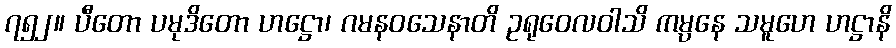
၇၅၂။ ပီတော ပမုဒိတော ဟဋ္ဌော၊ ဂမနဝသေနာတိ ဥရုဝေလဝါသိ ကမ္ပနေ သမူဟေ ဟဋ္ဌာနိ